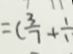
= ( \frac { 3 } { 7 } + \frac { 1 } { 1 }